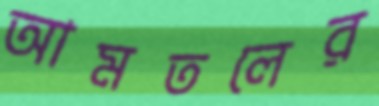
আমতলের